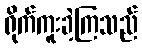
ရိုက်ကူးခဲ့ကြသည်